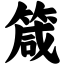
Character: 箴